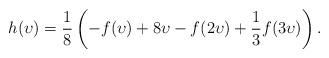
LaTeX: \begin{align*}h(\upsilon) = \frac 18 \left(-f(\upsilon) + 8\upsilon - f(2\upsilon) + \frac 13 f(3\upsilon)\right).\end{align*}